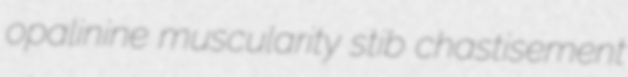
opalinine muscularity stib chastisement